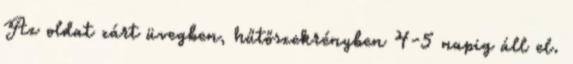
Az oldat zárt üvegben, hűtőszekrényben 4-5 napig áll el.